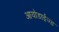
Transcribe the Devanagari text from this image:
आयोडाईज्ड